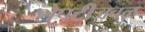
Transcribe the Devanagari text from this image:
शेपटीजवळ